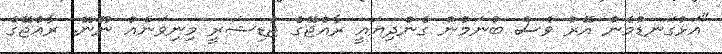
"އަޅުގަނޑުމެން އޭރު ވެސް ބުނަމުން ގެންދިޔައީ ރާއްޖޭގެ ޖުޑިޝަރީ މިނިވަނެއް ނޫނޭ. ރާއްޖޭގެ